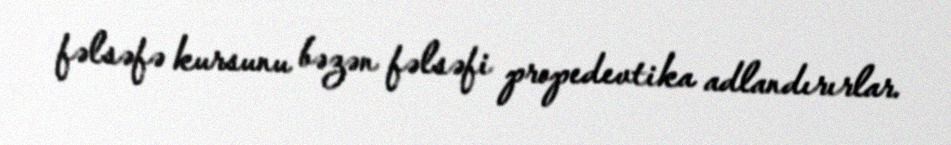
fəlsəfə kursunu bəzən fəlsəfi propedevtika adlandırırlar.